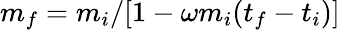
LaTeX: m_{f}=m_{i}/[1-\omega m_{i}(t_{f}-t_{i})]